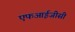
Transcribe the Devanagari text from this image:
एफआईजीसी